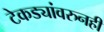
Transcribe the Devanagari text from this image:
टेकड्यांवरुनही